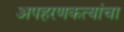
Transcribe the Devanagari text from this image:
अपहरणकत्यांचा